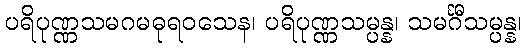
ပရိပုဏ္ဏသမဂမဓုရဝသေန၊ ပရိပုဏ္ဏသမ္ပန္န၊ သမင်္ဂီသမ္ပန္န၊